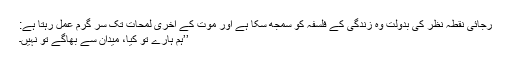
رجائی نقطۂ نظر کی بدولت وہ زندگی کے فلسفہ کو سمجھ سکا ہے اور موت کے آخری لمحات تک سر گرم عمل رہتا ہے:
’’ہم ہارے تو کیا، میدان سے بھاگے تو نہیں۔